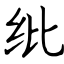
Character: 纰